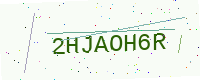
Text: 2HJAOH6R